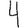
Digit: 4